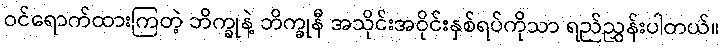
ဝင်ရောက်ထားကြတဲ့ ဘိက္ခုနဲ့ ဘိက္ခုနီ အသိုင်းအဝိုင်းနှစ်ရပ်ကိုသာ ရည်ညွှန်းပါတယ်။